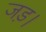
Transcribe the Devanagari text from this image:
जड़।